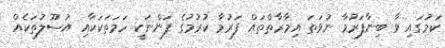
ކަމުގައި ވާ ބިނާފަރުމާ ނުވަތަ އިމާރާތްތައް ފަރުމާ ކުރުމުގެ ފަންނަކީ ހަމަތަކަކާއި އުސޫލުތަކެއް